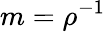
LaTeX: m=\rho^{-1}